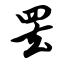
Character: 罢